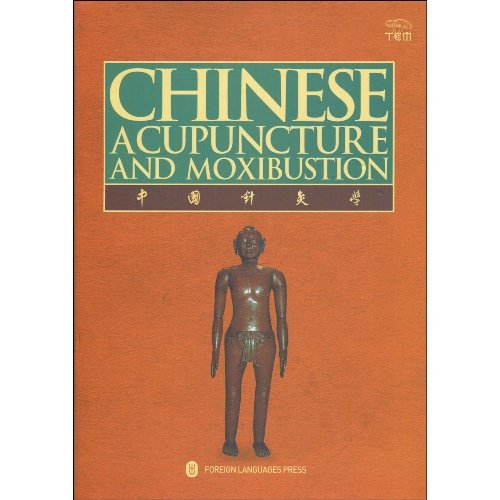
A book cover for Chinese Acupuncture and Moxibustion (Third Edition 2010, Fifteenth Printing 2014); Cheng Xinnong; Health, Fitness & Dieting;